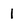
Character: l